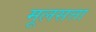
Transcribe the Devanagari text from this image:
मूलसत्ता